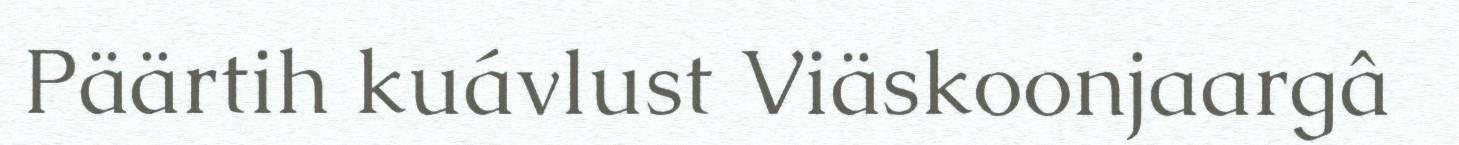
Päärtih kuávlust Viäskoonjaargâ